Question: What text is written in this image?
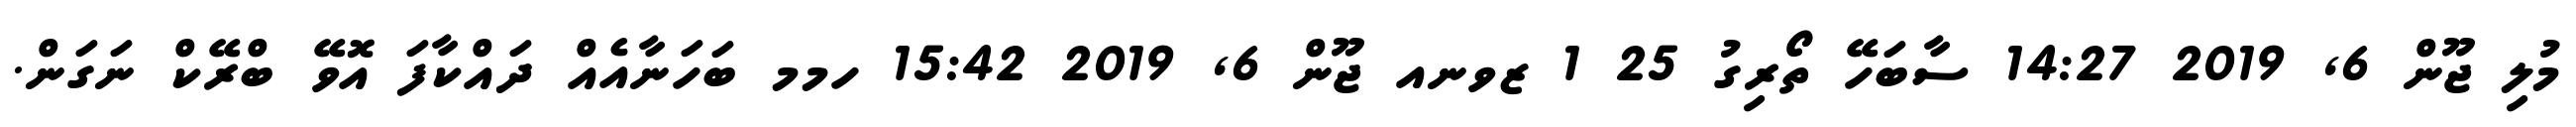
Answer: މުލި ޖޫން 6, 2019 14:27 ސާބަހޭ ތޯރިގު 25 1 ޒވނއ ޖޫން 6, 2019 15:42 ހމމ ބަހަނާއެއް ދައްކާފަ އޮވޭ ބްރޭކް ނަގަން.